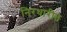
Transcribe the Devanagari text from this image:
निरधारीत